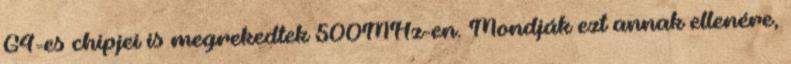
G4-es chipjei is megrekedtek 500MHz-en. Mondják ezt annak ellenére,